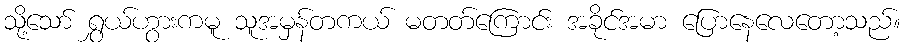
သို့သော် ရွှယ်ဟွားကမူ သူအမှန်တကယ် မတတ်ကြောင်း အခိုင်အမာ ပြောနေလေတော့သည်။